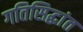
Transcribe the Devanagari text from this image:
गतिसिद्धांत